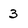
Character: 3